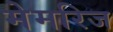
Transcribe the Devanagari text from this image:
मेमरिज